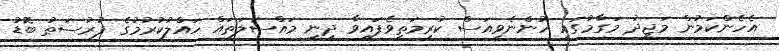
އެހެންކަމުން މަޖީދު މަގާމުގައި ހުންނެވިއަސް ކުރިމަތިވެފައިވާ ދީނީ މައްސަލަތައް ހައްލުކުރުމުގެ ފުރުސަތު ބޮޑު